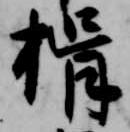
揖